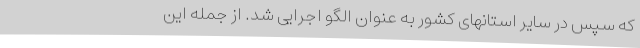
که سپس در سایر استانهای کشور به عنوان الگو اجرایی شد. از جمله این